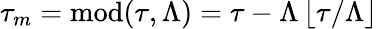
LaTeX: \tau_{m}=\textrm{mod}(\tau,\Lambda)=\tau-\Lambda\left\lfloor\tau/\Lambda\right\rfloor